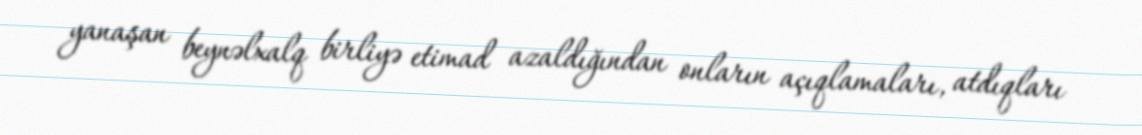
yanaşan beynəlxalq birliyə etimad azaldığından onların açıqlamaları, atdıqları